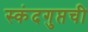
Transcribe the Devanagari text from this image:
स्कंदगुप्तची